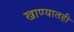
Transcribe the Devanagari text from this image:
खाण्यातही